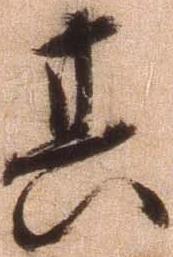
其